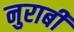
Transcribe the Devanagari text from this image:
नुराबी